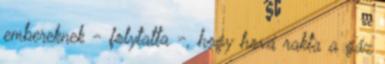
embereknek - folytatta -, hogy hová rakta a gáz